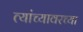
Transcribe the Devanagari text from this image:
त्यांच्यावरच्या